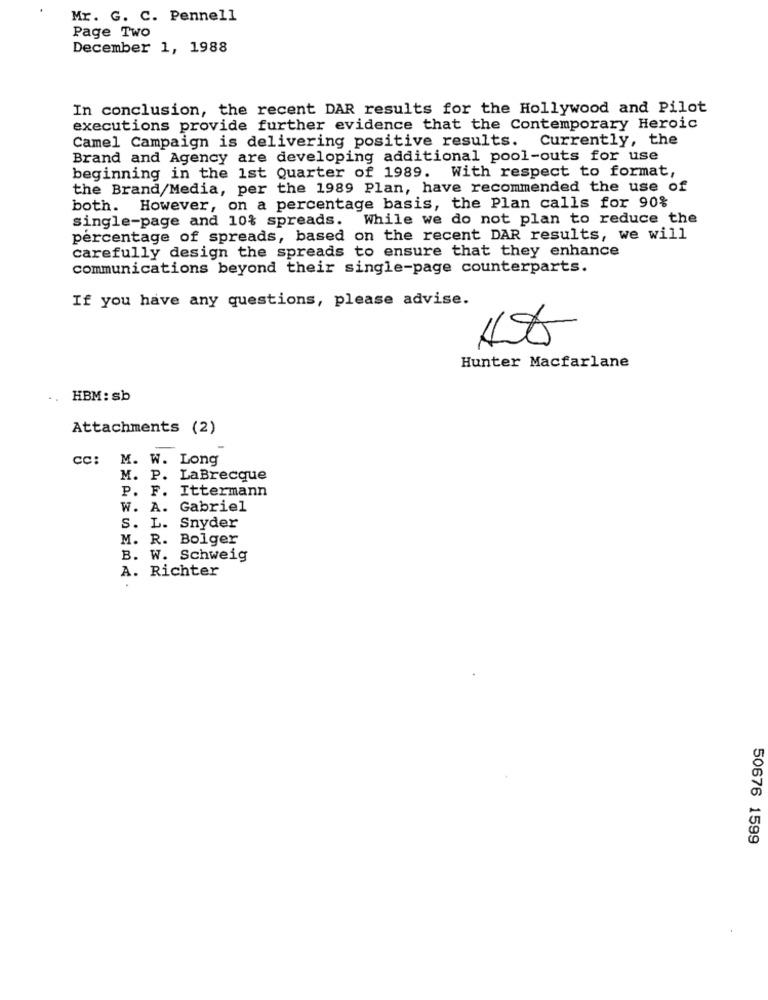
Mr. G. C. Pennell
Page Two
December 1, 1988
In conclusion, the recent DAR results for the Hollywood and Pilot
executions provide further evidence that the Contemporary Heroic
Camel Campaign is delivering positive results. Currently, the
Brand and Agency are developing additional pool-outs for use
beginning in the 1st Quarter of 1989. With respect to format,
the Brand/Media, per the 1989 Plan, have recommended the use of
both. However, on a percentage basis, the Plan calls for 90%
single-page and 10% spreads. While we do not plan to reduce the
percentage of spreads, based on the recent DAR results, we will
carefully design the spreads to ensure that they enhance
communications beyond their single-page counterparts.
If you have any questions, please advise.
Hunter Macfarlane
HBM: sb
Attachments (2)
CC: M. W. Long
M. P. LaBrecque
P. F. Ittermann
W. A. Gabriel
S. L. Snyder
M. R. Bolger
B. W. Schweig
A. Richter
50676 1599